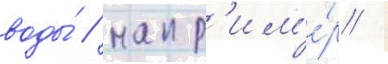
воды́ / напр'им'е́р /